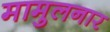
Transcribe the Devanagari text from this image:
मामुलनार